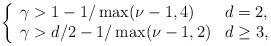
LaTeX: \begin{align*}\left\{\begin{array}{ll}\gamma > 1-1/\max(\nu-1,4) & d=2, \\\gamma > d/2-1/\max(\nu-1,2) & d\geq 3,\end{array}\right. \end{align*}